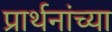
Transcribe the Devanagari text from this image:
प्रार्थनांच्या